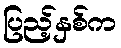
ပြည့်နှစ်က